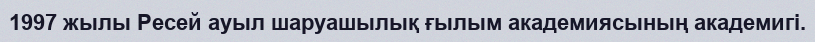
1997 жылы Ресей ауыл шаруашылық ғылым академиясының академигі.